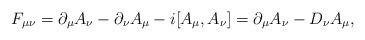
\begin{align*}F_{\mu\nu}= \partial_\mu A_\nu -\partial_\nu A_\mu - i[A_\mu,A_\nu] =\partial_\mu A_\nu - D_\nu A_\mu,\end{align*}